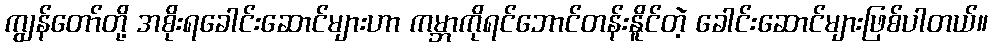
ကျွန်တော်တို့ အစိုးရခေါင်းဆောင်များဟာ ကမ္ဘာကိုရင်ဘောင်တန်းနိူင်တဲ့ ခေါင်းဆောင်များဖြစ်ပါတယ်။